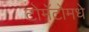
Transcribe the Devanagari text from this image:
टोमॅटोमधे